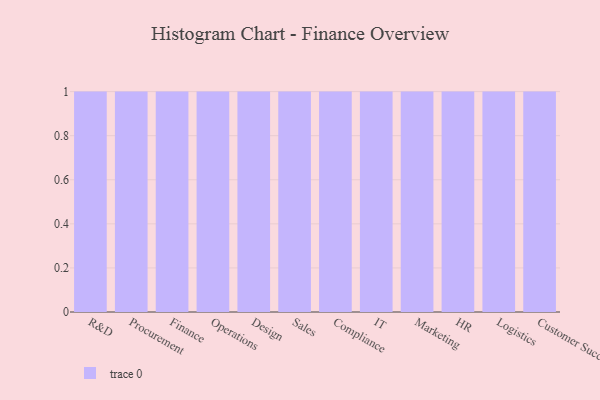
{"axis": {"x": "Department", "y": "Tickets Resolved"}, "legend": [""], "data": [{"x": "R&D", "y": 64, "type": ""}, {"x": "Procurement", "y": 59, "type": ""}, {"x": "Finance", "y": 97, "type": ""}, {"x": "Operations", "y": 15, "type": ""}, {"x": "Design", "y": 80, "type": ""}, {"x": "Sales", "y": 90, "type": ""}, {"x": "Compliance", "y": 25, "type": ""}, {"x": "IT", "y": 88, "type": ""}, {"x": "Marketing", "y": 10, "type": ""}, {"x": "HR", "y": 57, "type": ""}, {"x": "Logistics", "y": 20, "type": ""}, {"x": "Customer Success", "y": 6, "type": ""}]}